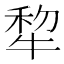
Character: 犂